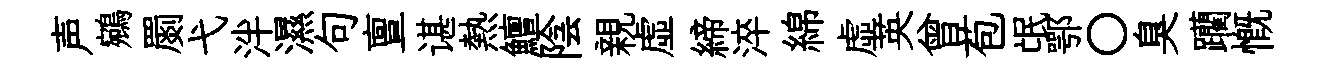
声鵷罽弋泮濕句亶谌熱鱣陰親虛締淬綿虚英曾苞氓鄂〇臭躪慨